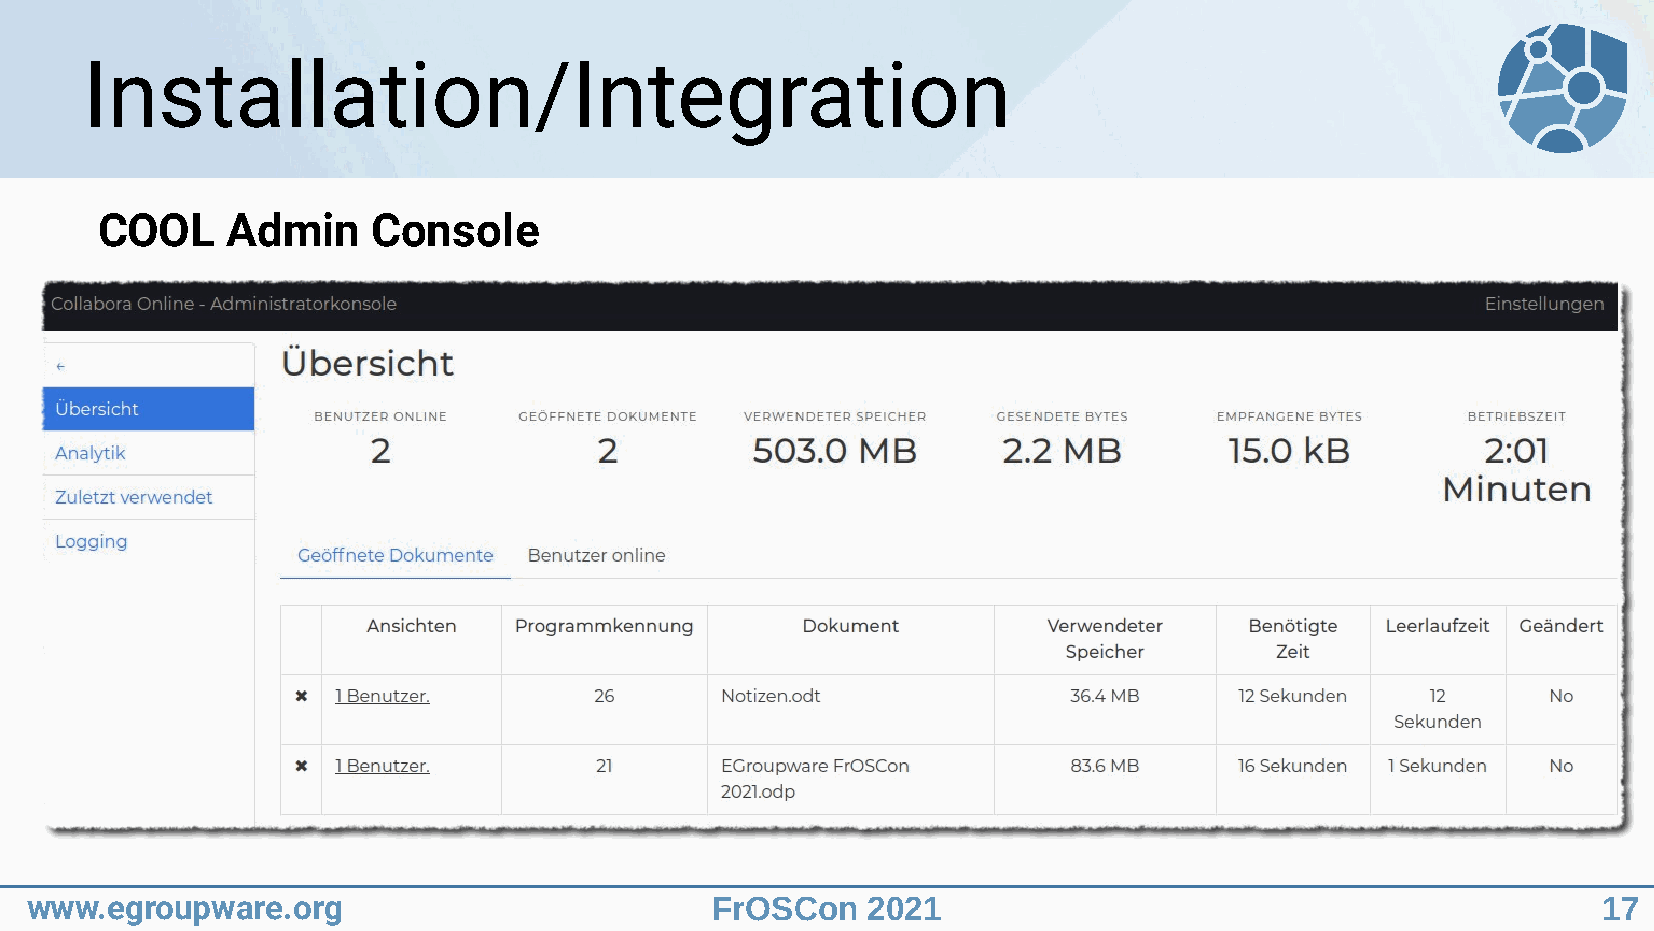
Installation/Integration
 COOL     Admin     Console
 www.egroupware.org                           FrOSCon   2021                                             17